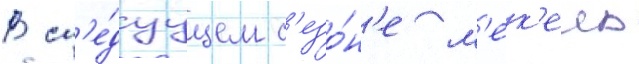
В сл'е́дуущем с'езо́н'е м'ек'ель